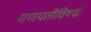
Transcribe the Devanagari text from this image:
गणपतीविषयी